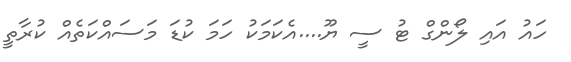
ހައު އައި ލޯންގް ޓު ސީ ޔޫ....އެކަމަކު ހަމަ ކުޑަ މަސައްކަތެއް ކުރާތީ